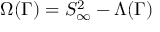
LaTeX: \Omega ( \Gamma ) = S _ { \infty } ^ { 2 } - \Lambda ( \Gamma )